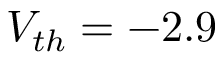
V _ { t h } = - 2 . 9